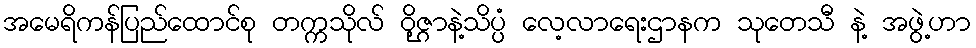
အမေရိကန်ပြည်ထောင်စု တက္ကသိုလ် ဝိဇ္ဌာနဲ့သိပ္ပံ လေ့လာရေးဌာနက သုတေသီ နဲ့ အဖွဲ့ဟာ